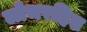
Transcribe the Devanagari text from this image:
लोचरहित